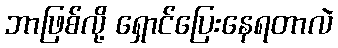
ဘာဖြစ်လို့ ရှောင်ပြေးနေရတာလဲ